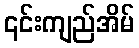
၎င်းကျည်အိမ်